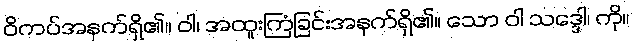
ဝိကပ်အနက်ရှိ၏။ ဝါ၊ အထူးကြံခြင်းအနက်ရှိ၏။ သော ဝါ သဒ္ဒေါ၊ ကို။